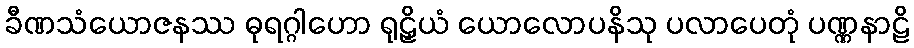
ခီဏသံယောဇနဿ ဓုရဂ္ဂါဟော ရုဠှိယံ ယောလောပနိသု ပလာပေတုံ ပဏ္ဏနာဠိ